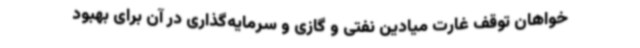
خواهان توقف غارت میادین نفتی و گازی و سرمایه‌گذاری در آن برای بهبود